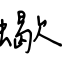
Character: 蠍